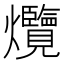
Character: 爦